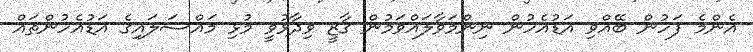
އެންމެ ފަހުން ބޭއްވި އަޑުއެހުން ނިންމަވާލައްވަމުން ގާޒީ ވިދާޅުވީ މުޅި މައްސަލައިގެ އަޑުއެހުންތައް